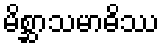
မိစ္ဆာသမာဓိဿ